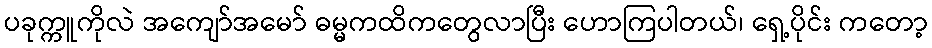
ပခုက္ကူကိုလဲ အကျော်အမော် ဓမ္မကထိကတွေလာပြီး ဟောကြပါတယ်၊ ရှေ့ပိုင်း ကတော့